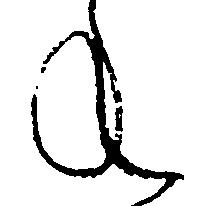
年